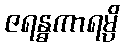
ဇရန္ဓကာရမ္ပိ